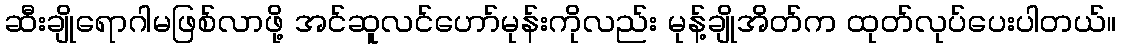
ဆီးချိုရောဂါမဖြစ်လာဖို့ အင်ဆူလင်ဟော်မုန်းကိုလည်း မုန့်ချိုအိတ်က ထုတ်လုပ်ပေးပါတယ်။